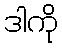
ဒါကို